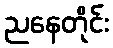
ညနေတိုင်း